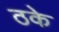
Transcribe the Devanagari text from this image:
ठके